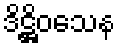
ဒိဋ္ဌိဝသေန